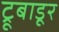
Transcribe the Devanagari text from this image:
ट्रूबाडूर